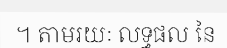
។ តាមរយៈ លទ្ធផល នៃ